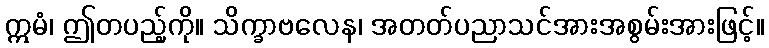
ဣမံ၊ ဤတပည့်ကို။ သိက္ခာဗလေန၊ အတတ်ပညာသင်အားအစွမ်းအားဖြင့်။